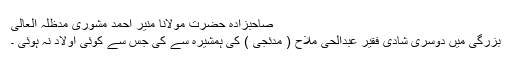
صاحبزادہ حضرت مولانا منیر احمد مشوری مدظلہ العالی
بزرگی میں دوسری شادی فقیر عبدالحی ملاح ( مدئجی ) کی ہمشیرہ سے کی جس سے کوئی اولاد نہ ہوئی ۔